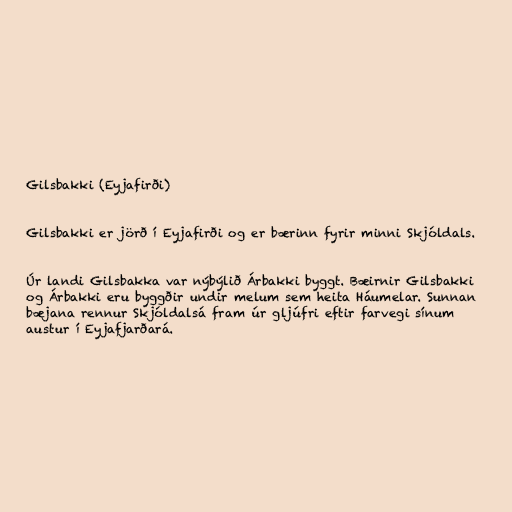
Gilsbakki (Eyjafirði)

Gilsbakki er jörð í Eyjafirði og er bærinn fyrir minni Skjóldals.

Úr landi Gilsbakka var nýbýlið Árbakki byggt. Bæirnir Gilsbakki
og Árbakki eru byggðir undir melum sem heita Háumelar. Sunnan
bæjana rennur Skjóldalsá fram úr gljúfri eftir farvegi sínum
austur í Eyjafjarðará.